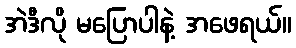
အဲဒီလို မပြောပါနဲ့ အဖေရယ်။